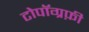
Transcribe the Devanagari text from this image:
टोपॉग्रफ़ी